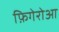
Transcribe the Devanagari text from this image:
फ़िगेरोआ